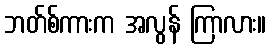
ဘတ်စ်ကားက အလွန် ကြာလား။